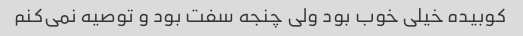
کوبیده خیلی خوب بود ولی چنجه سفت بود و توصیه نمی‌کنم